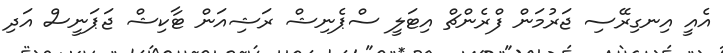
އެއީ އިނގިރޭސި ޖަރުމަން ފްރެންޗް އިޓަލީ ސްޕެނިޝް ރަޝިއަން ޓާކިޝް ޖަޕަނީސް އަދި